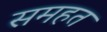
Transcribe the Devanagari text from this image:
समहत